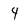
Character: 4